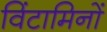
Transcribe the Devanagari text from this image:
विंटामिनों